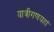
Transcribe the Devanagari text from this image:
यात्रीगणयहां